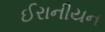
ઈરાનીયન